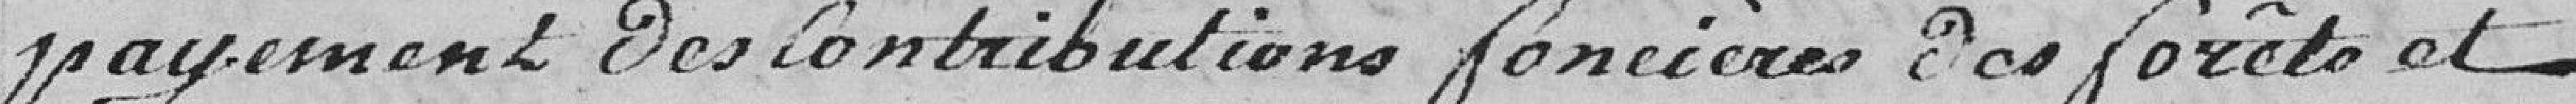
paiement des contributions foncières des forêts et